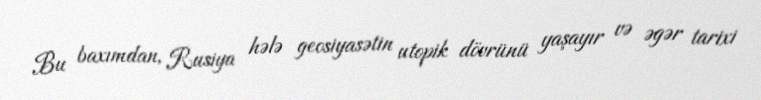
Bu baxımdan, Rusiya hələ geosiyasətin utopik dövrünü yaşayır və əgər tarixi